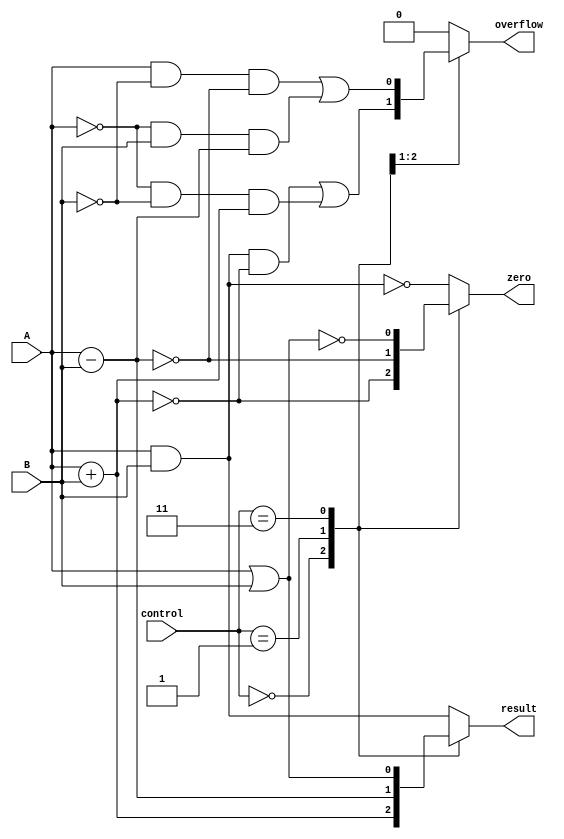
module ALU (
    input wire A,
    input wire B,
    input wire [2:0] control,
    output reg result,
    output reg overflow,
    output reg zero
);

always @(*)
begin
    case (control)
        3'b000: // Addition
            begin
                result = A + B;
                overflow = (A & B & ~result) | (~A & ~B & result);
                zero = (result == 0);
            end
        3'b001: // Subtraction
            begin
                result = A - B;
                overflow = (A & ~B & ~result) | (~A & B & result);
                zero = (result == 0);
            end
        3'b010: // AND
            begin
                result = A & B;
                overflow = 0;
                zero = (result == 0);
            end
        3'b011: // OR
            begin
                result = A | B;
                overflow = 0;
                zero = (result == 0);
            end
        default: // Default to AND operation
            begin
                result = A & B;
                overflow = 0;
                zero = (result == 0);
            end
    endcase
end

endmodule